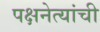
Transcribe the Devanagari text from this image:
पक्षनेत्यांची